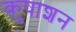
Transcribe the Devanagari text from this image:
कुषाशन